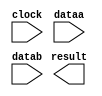
// megafunction wizard: %ALTFP_ADD_SUB%VBB%
// GENERATION: STANDARD
// VERSION: WM1.0
// MODULE: altfp_add_sub 

// ============================================================
// Megafunction Name(s):
// 			altfp_add_sub
//
// Simulation Library Files(s):
// 			lpm
// ============================================================
// ************************************************************
// THIS IS A WIZARD-GENERATED FILE. DO NOT EDIT THIS FILE!
//
// 18.1.0 Build 625 09/12/2018 SJ Lite Edition
// ************************************************************

//Copyright (C) 2018  Intel Corporation. All rights reserved.
//Your use of Intel Corporation's design tools, logic functions 
//and other software and tools, and its AMPP partner logic 
//functions, and any output files from any of the foregoing 
//(including device programming or simulation files), and any 
//associated documentation or information are expressly subject 
//to the terms and conditions of the Intel Program License 
//Subscription Agreement, the Intel Quartus Prime License Agreement,
//the Intel FPGA IP License Agreement, or other applicable license
//agreement, including, without limitation, that your use is for
//the sole purpose of programming logic devices manufactured by
//Intel and sold by Intel or its authorized distributors.  Please
//refer to the applicable agreement for further details.

module AlteraAdder (
	clock,
	dataa,
	datab,
	result)/* synthesis synthesis_clearbox = 1 */;

	input	  clock;
	input	[63:0]  dataa;
	input	[63:0]  datab;
	output	[63:0]  result;

endmodule

// ============================================================
// CNX file retrieval info
// ============================================================
// Retrieval info: PRIVATE: FPM_FORMAT NUMERIC "1"
// Retrieval info: PRIVATE: INTENDED_DEVICE_FAMILY STRING "Cyclone V"
// Retrieval info: PRIVATE: SYNTH_WRAPPER_GEN_POSTFIX STRING "1"
// Retrieval info: PRIVATE: WIDTH_DATA NUMERIC "64"
// Retrieval info: LIBRARY: altera_mf altera_mf.altera_mf_components.all
// Retrieval info: CONSTANT: DENORMAL_SUPPORT STRING "NO"
// Retrieval info: CONSTANT: DIRECTION STRING "ADD"
// Retrieval info: CONSTANT: INTENDED_DEVICE_FAMILY STRING "Cyclone V"
// Retrieval info: CONSTANT: OPTIMIZE STRING "AREA"
// Retrieval info: CONSTANT: PIPELINE NUMERIC "14"
// Retrieval info: CONSTANT: REDUCED_FUNCTIONALITY STRING "NO"
// Retrieval info: CONSTANT: WIDTH_EXP NUMERIC "11"
// Retrieval info: CONSTANT: WIDTH_MAN NUMERIC "52"
// Retrieval info: USED_PORT: clock 0 0 0 0 INPUT NODEFVAL "clock"
// Retrieval info: USED_PORT: dataa 0 0 64 0 INPUT NODEFVAL "dataa[63..0]"
// Retrieval info: USED_PORT: datab 0 0 64 0 INPUT NODEFVAL "datab[63..0]"
// Retrieval info: USED_PORT: result 0 0 64 0 OUTPUT NODEFVAL "result[63..0]"
// Retrieval info: CONNECT: @clock 0 0 0 0 clock 0 0 0 0
// Retrieval info: CONNECT: @dataa 0 0 64 0 dataa 0 0 64 0
// Retrieval info: CONNECT: @datab 0 0 64 0 datab 0 0 64 0
// Retrieval info: CONNECT: result 0 0 64 0 @result 0 0 64 0
// Retrieval info: GEN_FILE: TYPE_NORMAL AlteraAdder.v TRUE
// Retrieval info: GEN_FILE: TYPE_NORMAL AlteraAdder.inc TRUE
// Retrieval info: GEN_FILE: TYPE_NORMAL AlteraAdder.cmp TRUE
// Retrieval info: GEN_FILE: TYPE_NORMAL AlteraAdder.bsf TRUE
// Retrieval info: GEN_FILE: TYPE_NORMAL AlteraAdder_inst.v TRUE
// Retrieval info: GEN_FILE: TYPE_NORMAL AlteraAdder_bb.v TRUE
// Retrieval info: GEN_FILE: TYPE_NORMAL AlteraAdder_syn.v TRUE
// Retrieval info: LIB_FILE: lpm